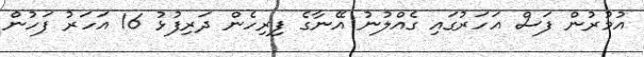
އުމުރުން ފަސް އަހަރުގައި ގެއްލުނު އޭނާގެ ފިރިހެން ދަރިފުޅު 16 އަހަރު ފަހުން